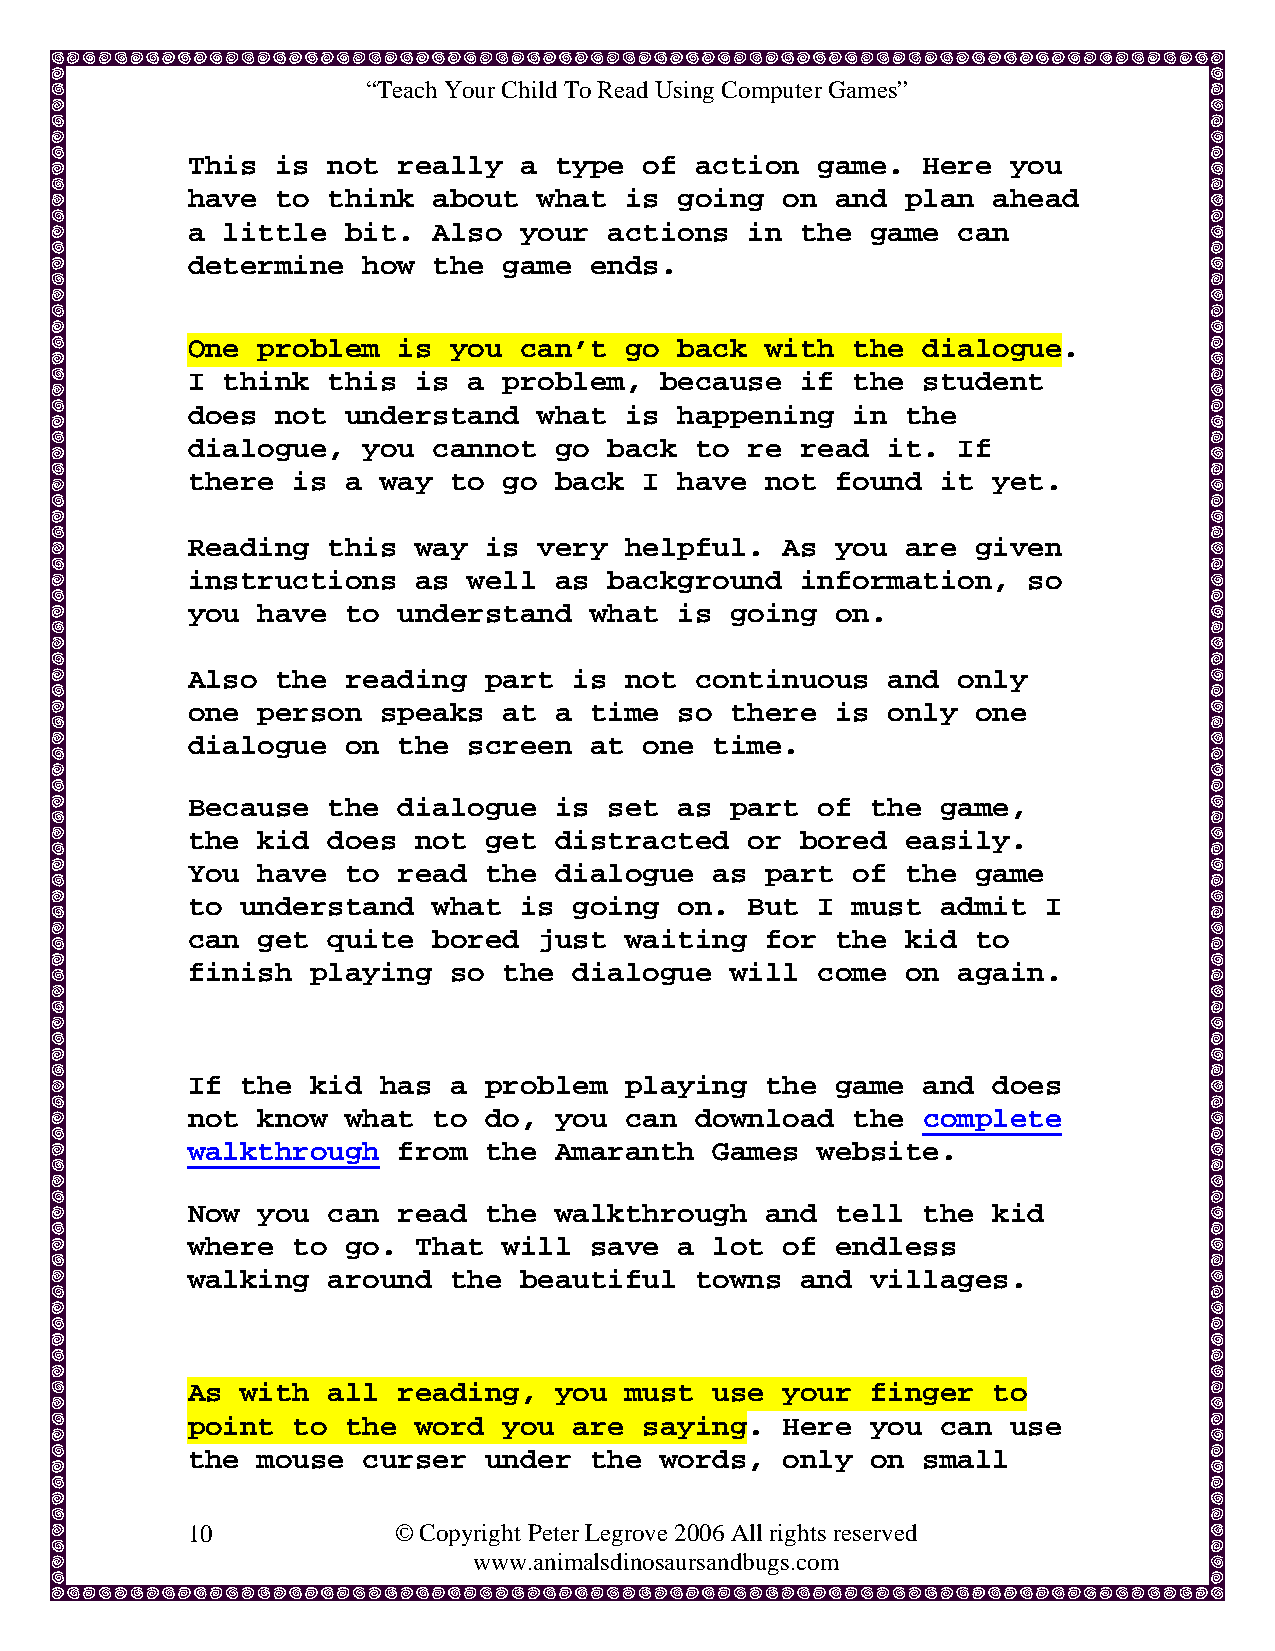
“Teach Your Child To Read Using Computer Games”
 This  is  not really  a  type  of action  game.  Here  you
 have  to  think  about  what is  going  on and  plan  ahead
 a  little  bit.  Also your  actions  in  the  game can
 determine   how  the game  ends.
 One  problem  is  you can’t  go  back  with the  dialogue.
 I  think  this is  a problem,   because  if the  student
 does  not  understand   what is  happening  in  the
 dialogue,   you  cannot  go back  to re  read  it. If
 there  is  a way  to go  back  I have  not found  it  yet.
 Reading   this way  is  very helpful.   As you  are  given
 instructions   as  well  as background   information,   so
 you  have  to understand   what  is going  on.
 Also  the  reading  part  is not  continuous   and only
 one  person  speaks  at  a time  so there  is  only  one
 dialogue   on the  screen  at  one time.
 Because   the dialogue   is set  as part  of  the game,
 the  kid  does not  get  distracted  or  bored  easily.
 You  have  to read  the  dialogue  as  part of  the  game
 to  understand   what is  going  on. But  I must  admit  I
 can  get  quite  bored  just waiting   for the  kid  to
 finish   playing  so the  dialogue  will  come  on again.
 If  the  kid has  a problem  playing   the game  and  does
 not  know  what  to do,  you can  download  the  complete
 walkthrough   from  the  Amaranth  Games  website.
 Now  you  can read  the  walkthrough   and tell  the  kid
 where  to  go. That  will  save  a lot  of endless
 walking   around  the beautiful   towns  and  villages.
 As  with  all reading,   you must  use  your  finger  to
 point  to  the word  you  are  saying.  Here  you can  use
 the  mouse  curser  under  the  words,  only  on small
 10            © Copyright Peter Legrove 2006 All rights reserved
 www.animalsdinosaursandbugs.com